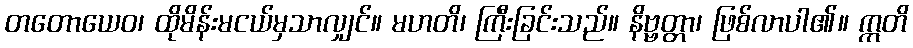
တတောယေဝ၊ ထိုမိန်းမငယ်မှသာလျှင်။ မဟတိ၊ ကြီးခြင်းသည်။ နိဗ္ဗတ္တာ၊ ဖြစ်လာပါ၏။ ဣတိ